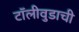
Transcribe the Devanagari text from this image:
टॉलीवुडाची